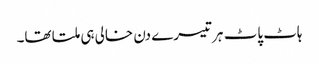
ہاٹ پاٹ ہر تیسرے دن خالی ہی ملتا تھا۔